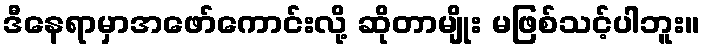
ဒီနေရာမှာအဖော်ကောင်းလို့ ဆိုတာမျိုး မဖြစ်သင့်ပါဘူး။